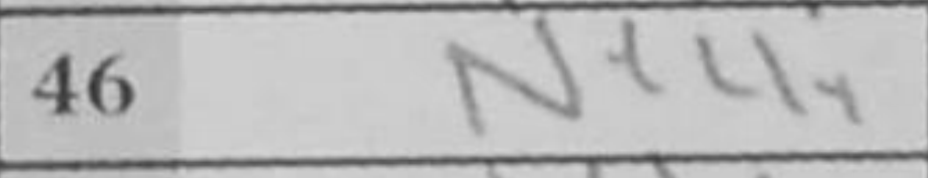
Transcription: Ne4+